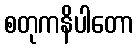
စတုကနိပါတော